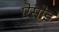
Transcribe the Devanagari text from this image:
ऐसोई